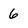
Character: 6